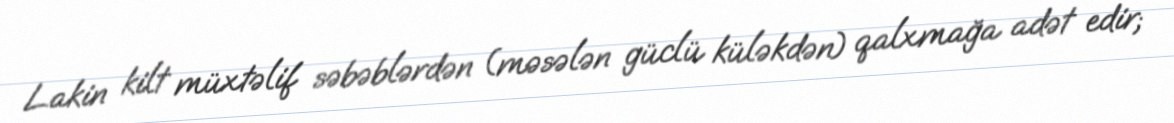
Lakin kilt müxtəlif səbəblərdən (məsələn güclü küləkdən) qalxmağa adət edir;